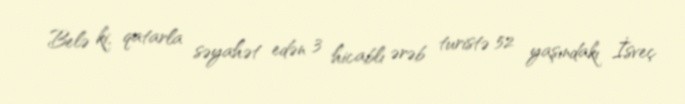
Belə ki, qatarla səyahət edən 3 hicablı ərəb turistə 52 yaşındakı İsveç